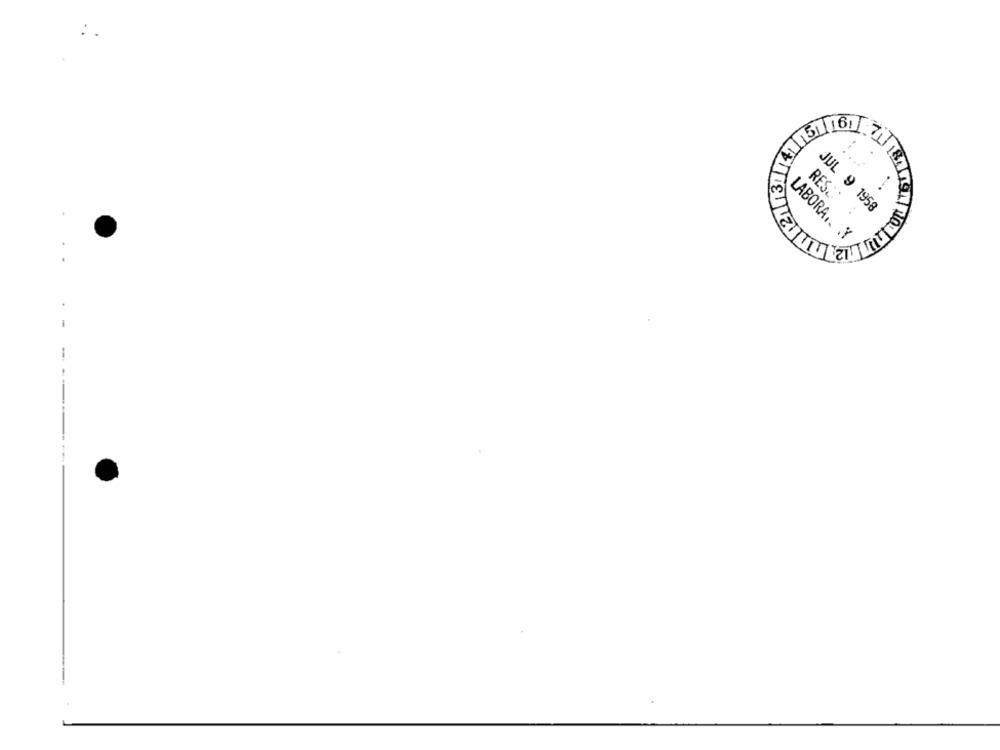
RES. .
JUL 9 1958
LABORA .. . Y
---